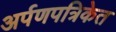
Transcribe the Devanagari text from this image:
अर्पणपत्रिकेत